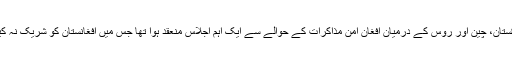
خیال رہے کہ گذشتہ ہفتے ماسکو میں پاکستان، چین اور روس کے درمیان افغان امن مذاکرات کے حوالے سے ایک اہم اجلاس منعقد ہوا تھا جس میں افغانستان کو شریک نہ کیے جانے پر اس نے شدید احتجاج کیا تھا۔